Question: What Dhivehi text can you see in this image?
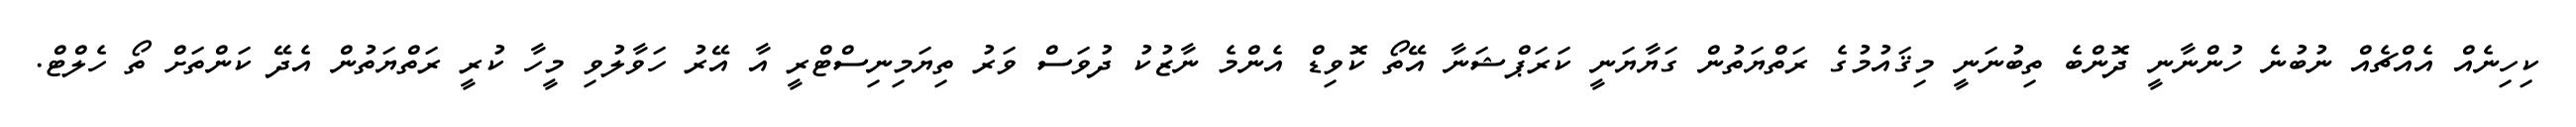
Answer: ކިހިނެއް އެއްޗެއް ނުބުނެ ހުންނާނީ ދޮންބެ ތިބުނަނީ މިޤައުމުގެ ރަތްޔަތުން ގަޔާޔަނީ ކަރަޕްޝަނާ އޭތޯ ކޮވިޑް އެންމެ ނާޒުކު ދުވަސް ވަރު ތިޔަމިނިސްޓްރީ އާ އޭރު ހަވާލުވި މީހާ ކުރީ ރަތްޔަތުން އެދޭ ކަންތަށް ތޯ ހެލްޓް.